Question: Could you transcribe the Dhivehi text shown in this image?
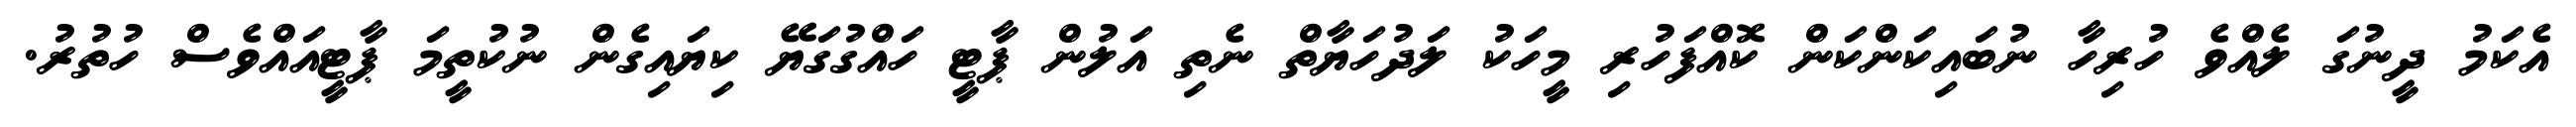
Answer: އެކަމު ދީނުގަ ލެއްވެ ހުރިހާ ނުބައިކަންކަން ކޮއްފަހުރި މީހަކު ލަދުހަޔާތް ނެތި އަލުން ޕާޓީ ހައްގުގަޔޭ ކިޔައިގެން ނުކުތީމަ ޕާޓީއައްވެސް ހުތުރު.